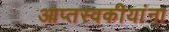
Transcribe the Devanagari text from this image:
आप्तस्वकीयांना